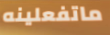
ماتفعلينه